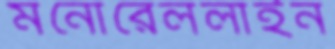
মনোরেললাইন